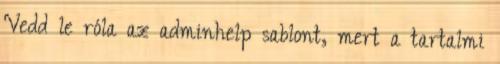
Vedd le róla az adminhelp sablont, mert a tartalmi